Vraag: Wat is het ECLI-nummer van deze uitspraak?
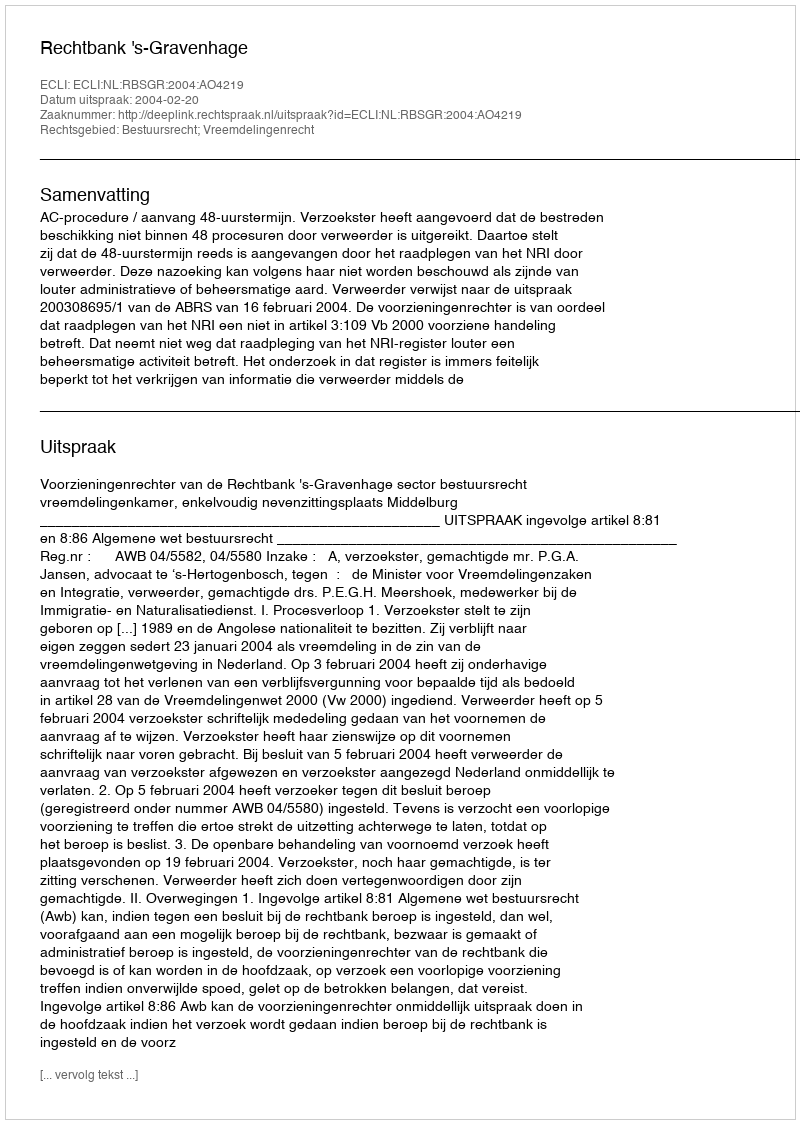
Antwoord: ECLI:NL:RBSGR:2004:AO4219